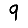
Digit: 9